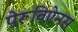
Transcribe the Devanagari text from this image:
पेरूविऐनस